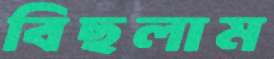
বিছলাম